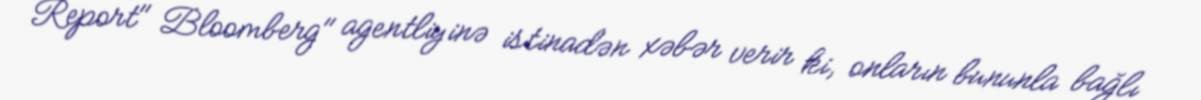
Report" Bloomberg" agentliyinə istinadən xəbər verir ki, onların bununla bağlı